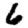
Digit: 6